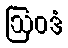
ဩဝဒံ